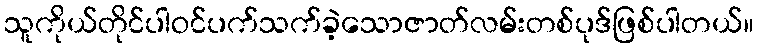
သူကိုယ်တိုင်ပါဝင်ပက်သက်ခဲ့သောဇာတ်လမ်းတစ်ပုဒ်ဖြစ်ပါတယ်။